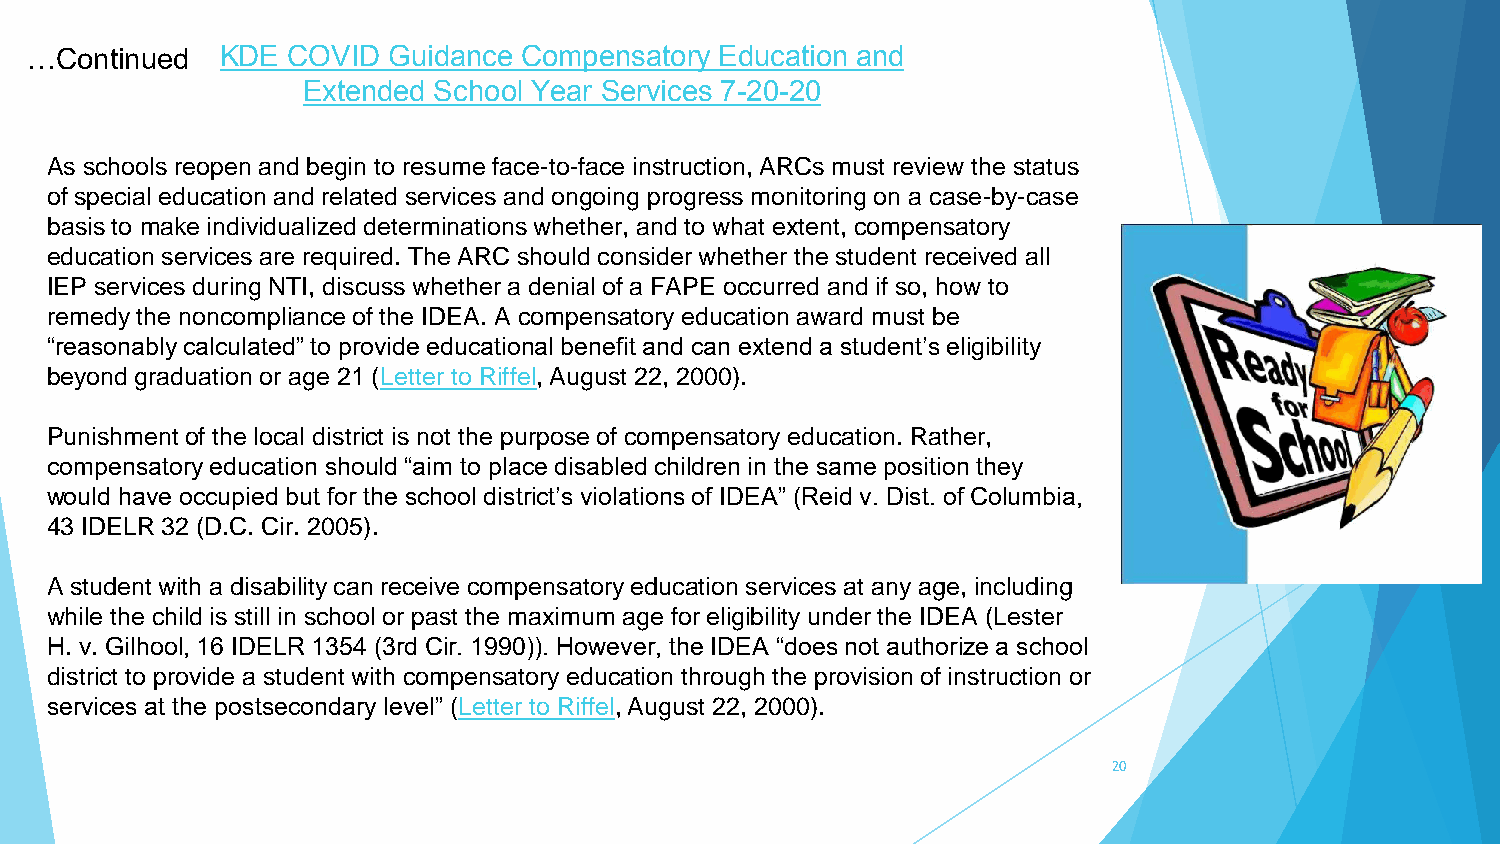
…Continued   KDE COVID  Guidance Compensatory Education and
 Extended School Year Services 7-20-20
 As schools reopen and begin to resume face-to-face instruction, ARCs must review the status
 of special education and related services and ongoing progress monitoring on a case-by-case
 basis to make individualized determinations whether, and to what extent, compensatory
 education services are required. The ARC should consider whether the student received all
 IEP services during NTI, discuss whether a denial of a FAPE occurred and if so, how to
 remedy the noncompliance of the IDEA. A compensatory education award must be
 “reasonably calculated” to provide educational benefit and can extend a student’s eligibility
 beyond graduation or age 21 (Letter to Riffel, August 22, 2000).
 Punishment of the local district is not the purpose of compensatory education. Rather,
 compensatory education should “aim to place disabled children in the same position they
 would have occupied but for the school district’s violations of IDEA” (Reid v. Dist. of Columbia,
 43 IDELR 32 (D.C. Cir. 2005).
 A student with a disability can receive compensatory education services at any age, including
 while the child is still in school or past the maximum age for eligibility under the IDEA (Lester
 H. v. Gilhool, 16 IDELR 1354 (3rd Cir. 1990)). However, the IDEA “does not authorize a school
 district to provide a student with compensatory education through the provision of instruction or
 services at the postsecondary level” (Letter to Riffel, August 22, 2000).
 20